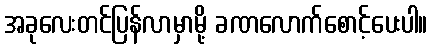
အခုလေးတင်ပြန်လာမှာမို့ ခဏလောက်စောင့်ပေးပါ။